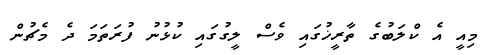
މިއީ އެ ކްލަބުގެ ތާރީޚުގައި ވެސް ލީގުގައި ކުޅުނު ފުރަތަމަ ދެ މެޗުން